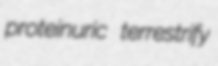
proteinuric terrestrify